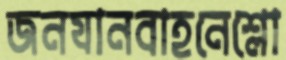
জনযানবাহনেশ্লো